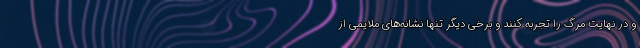
و در نهایت مرگ را تجربه کنند و برخی دیگر تنها نشانه‌های ملایمی از